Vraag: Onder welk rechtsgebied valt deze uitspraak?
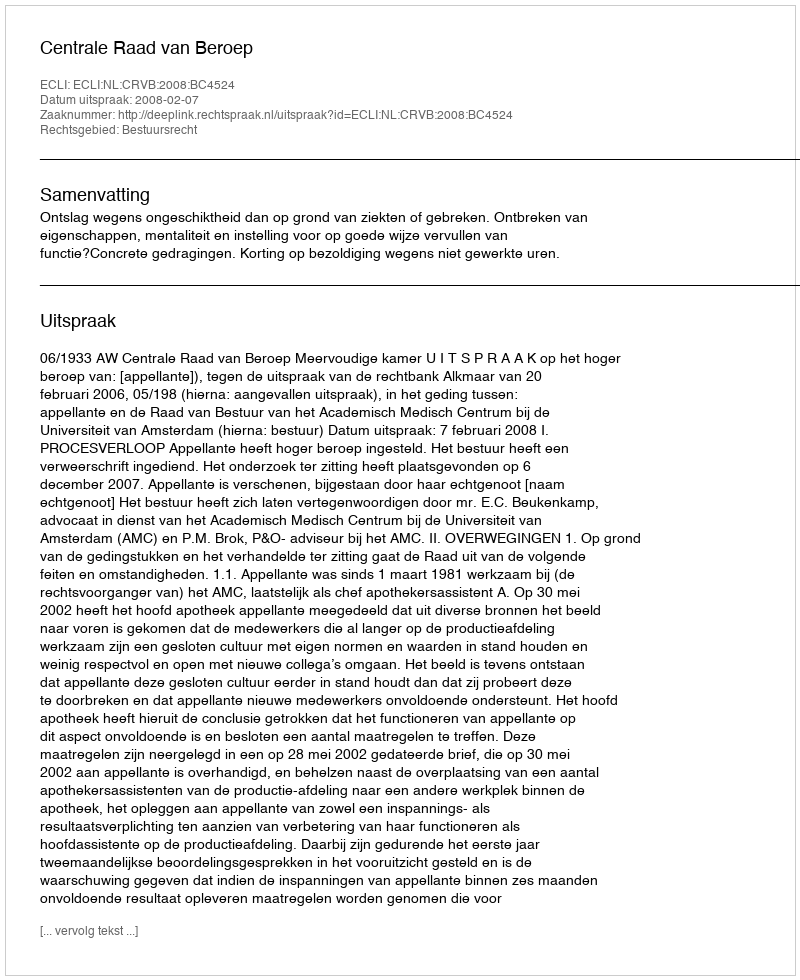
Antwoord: Bestuursrecht